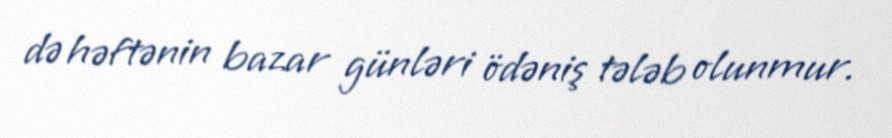
də həftənin bazar günləri ödəniş tələb olunmur.